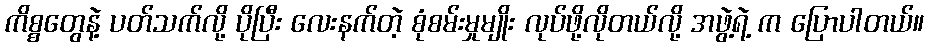
ကိစ္စတွေနဲ့ ပတ်သက်လို့ ပိုပြီး လေးနက်တဲ့ စုံစမ်းမှုမျိုး လုပ်ဖို့လိုတယ်လို့ အဖွဲ့ရဲ့ က ပြောပါတယ်။